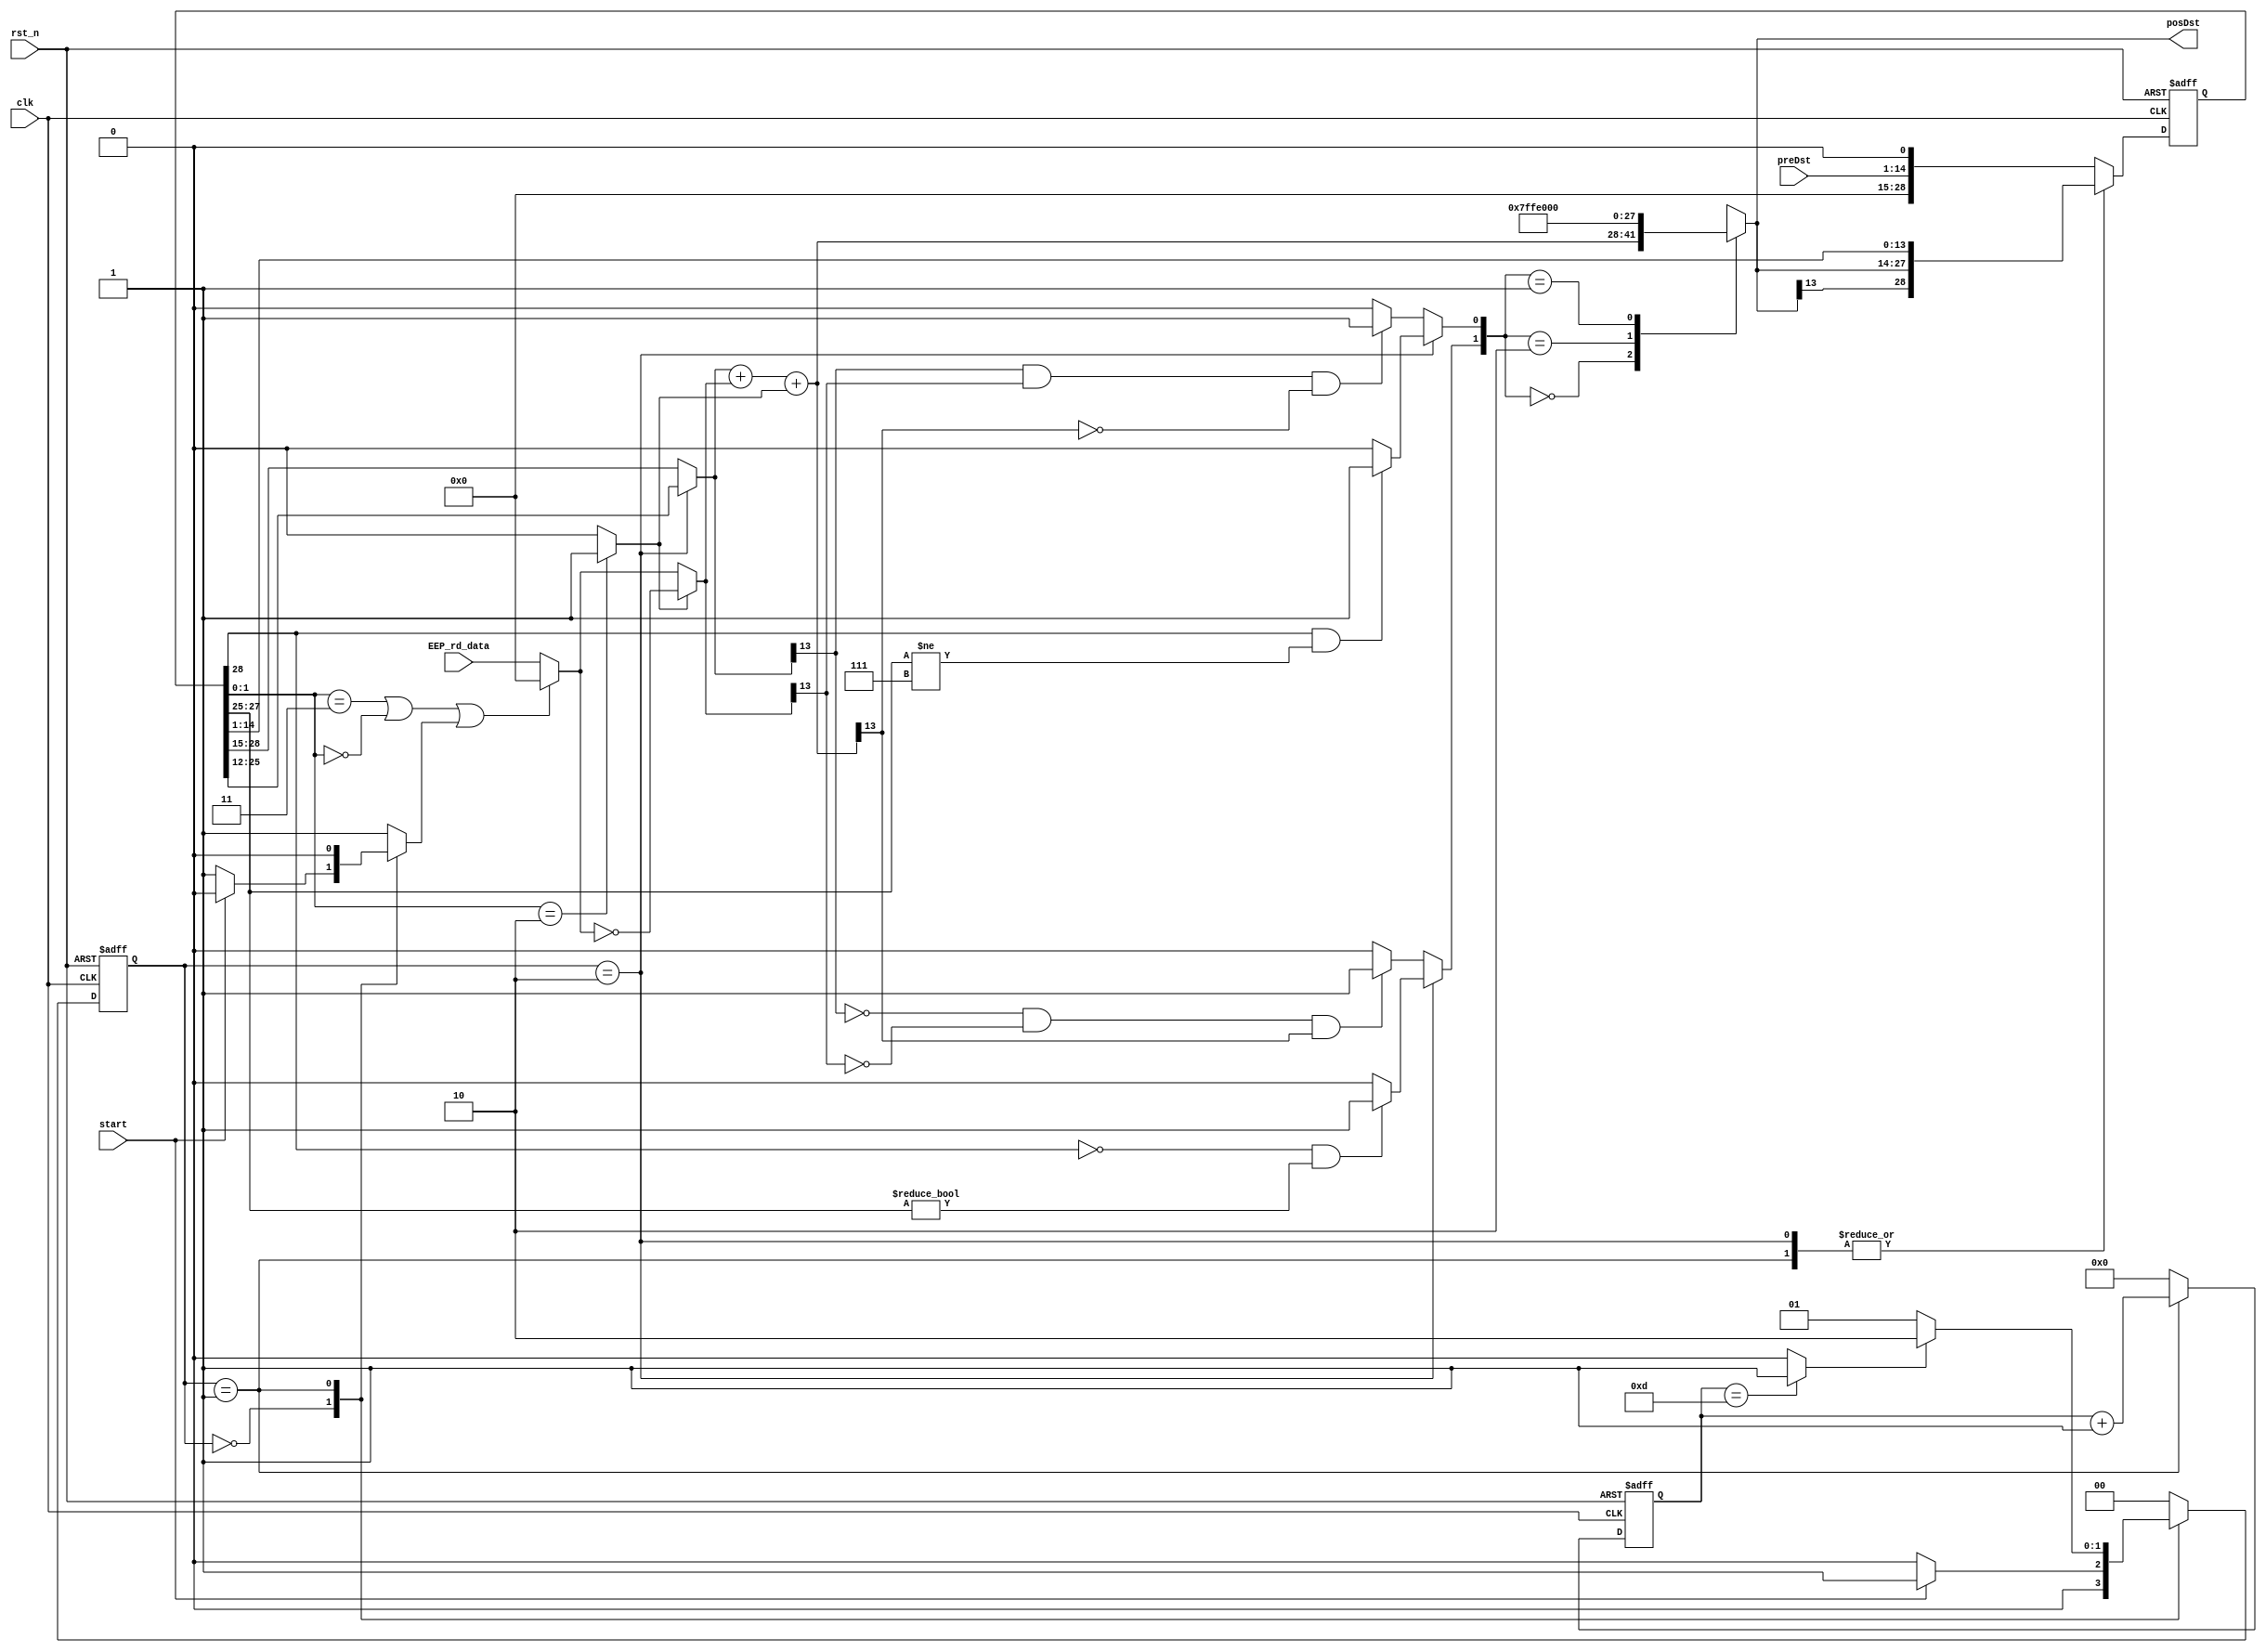
module demo(EEP_rd_data, posDst, preDst, start, clk, rst_n);
wire src0_sel, cmplmnt;
reg src1_sel;
input clk, rst_n;
output [13:0] posDst;
reg [13:0] dst;
input [13:0] EEP_rd_data; // Eset P I D
reg [28:0] Preg;
reg [1:0] state, nxt_state;
wire finish;//if finish is asserted means 14 shifts have made.
reg init;
reg [3:0] counter;
reg Zero; // if Zero is high, src0 is always 0
input start; // if start is asserted, booth start
input [13:0] preDst;
reg counter_rst;

wire [28:0] preShift;
wire [13:0] src1, src0, presrc0, preSat; // preSat is the value before satuation
localparam IDLE = 2'b00;
localparam Mult = 2'b01;
localparam Done = 2'b10;


assign preShift = {dst, Preg[14:0]};
always@(posedge clk, negedge rst_n)
 if(!rst_n)
 Preg <= 0;
 else 
 begin
 if(init == 1)
 Preg <={14'h000, preDst, 1'b0}; // initial value
 else 
 Preg <= {preShift[28], preShift[28:1]};// shift right one list
 end

assign src1 = (src1_sel)? Preg[28:15] :Preg[25:12];

assign presrc0 = (src0_sel)? EEP_rd_data : 14'h0;
assign src0 = (cmplmnt)? ~presrc0 : presrc0; //if cmplmnt is on, not presrc0
assign{co ,preSat} = src1+src0 +cmplmnt; //co is carrry out


assign sat_pos = (src1_sel == 1'b0)?((Preg[28]==0 && Preg[27:25]!= 3'b000)? 1:0):
				((!src1[13] && !src0[13] && preSat[13])? 1:0); //saturation positive
assign sat_neg = (src1_sel == 1'b0)?((Preg[28]==1 && Preg[27:25]!= 3'b111)? 1:0):
				((src1[13] && src0[13] && !preSat[13])? 1:0);  //saturation negative



//assign sat_pos = ((Preg[28]==0 && Preg[27:25]!= 3'b000)? 1:0)|((!src1[13] && !src0[13] && preSat[13])? 1:0); //saturation positive
//assign sat_neg = ((Preg[28]==1 && Preg[27:25]!= 3'b111)? 1:0)|((src1[13] && src0[13] && !preSat[13])? 1:0);  //saturation negative

always @(*)
case({sat_pos, sat_neg})      
2'b00: dst = preSat;
2'b10: dst = 14'h1FFF;
2'b01: dst = 14'h2000;
default : dst = 14'hx;
endcase
assign cmplmnt = (Preg[1:0] == 2'b10)? 1:0;  
assign src0_sel = (Preg[1:0] == 2'b11 || Preg[1:0]== 2'b00 || Zero == 1)? 0:1;// zero is in case of not mutiplying.. 
//assign src0 = src0_sel? EEP_rd_data : 14'h0;

always@(posedge clk, negedge rst_n) //detect the negedge of init to start increment
 if(!rst_n)
 counter <= 0;
 else if(counter_rst)
 counter <= 0;
 else
 counter <= counter + 1; // counter increases
 

assign finish = (counter == 13)? 1 : 0;
assign posDst = dst;

always @(posedge clk, negedge rst_n)
 if(!rst_n)
 state <= IDLE;
 else 
 state <= nxt_state;

always@(*)
begin
src1_sel = 1;
init =1;
Zero = 1;
counter_rst = 1;
case(state)
 IDLE: begin
 if(start) begin
 nxt_state = Mult;
 Zero = 0; // the cmplmnt does not determined by the sel [1:0]
 end
 else 
 nxt_state = IDLE;
 end

 Mult:
 begin
 counter_rst = 0;
 init= 0;
 Zero = 0;
 if(finish)
 begin
 nxt_state = Done;
 end
 else
 begin
 Zero = 0;
 nxt_state = Mult;
 end
 end
 Done:
 begin
 init = 0;
 counter_rst = 1;
 src1_sel = 0;
 nxt_state = IDLE;
 end
 default: nxt_state = IDLE;
endcase
 end
endmodule